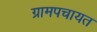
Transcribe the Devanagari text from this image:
ग्रामपचायत